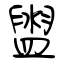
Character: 盥